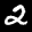
Label: 2